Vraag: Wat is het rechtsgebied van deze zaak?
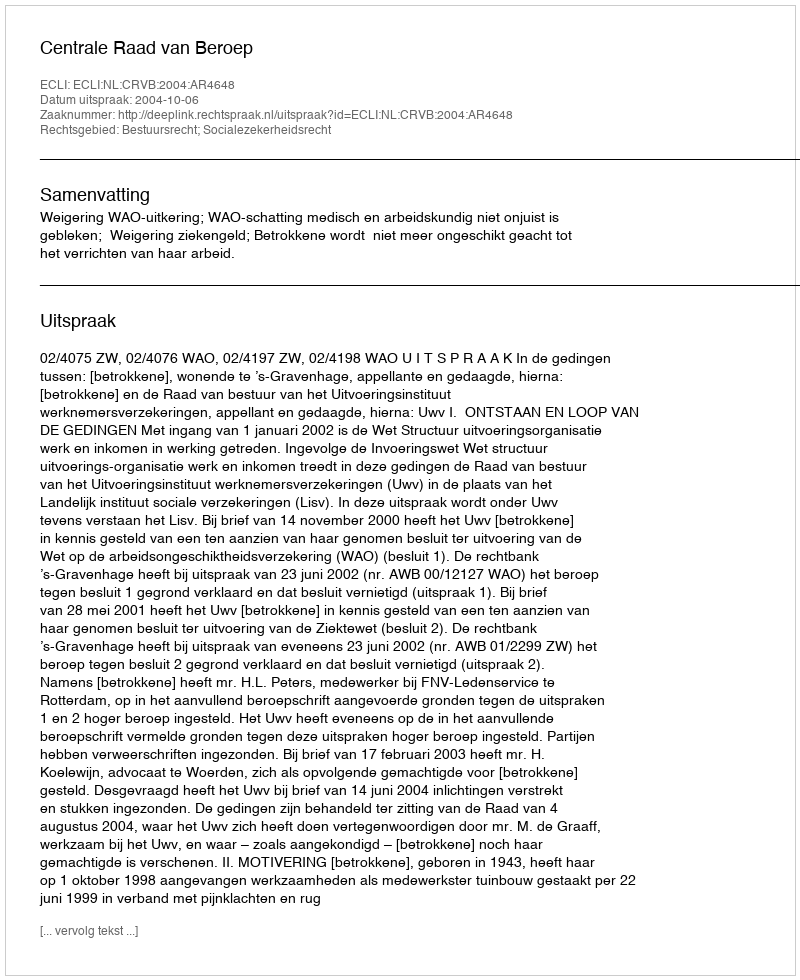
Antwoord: Bestuursrecht; Socialezekerheidsrecht